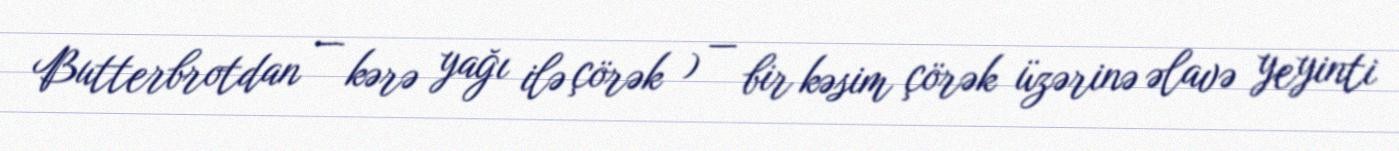
Butterbrotdan — kərə yağı ilə çörək ) — bir kəsim çörək üzərinə əlavə yeyinti